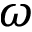
\omega